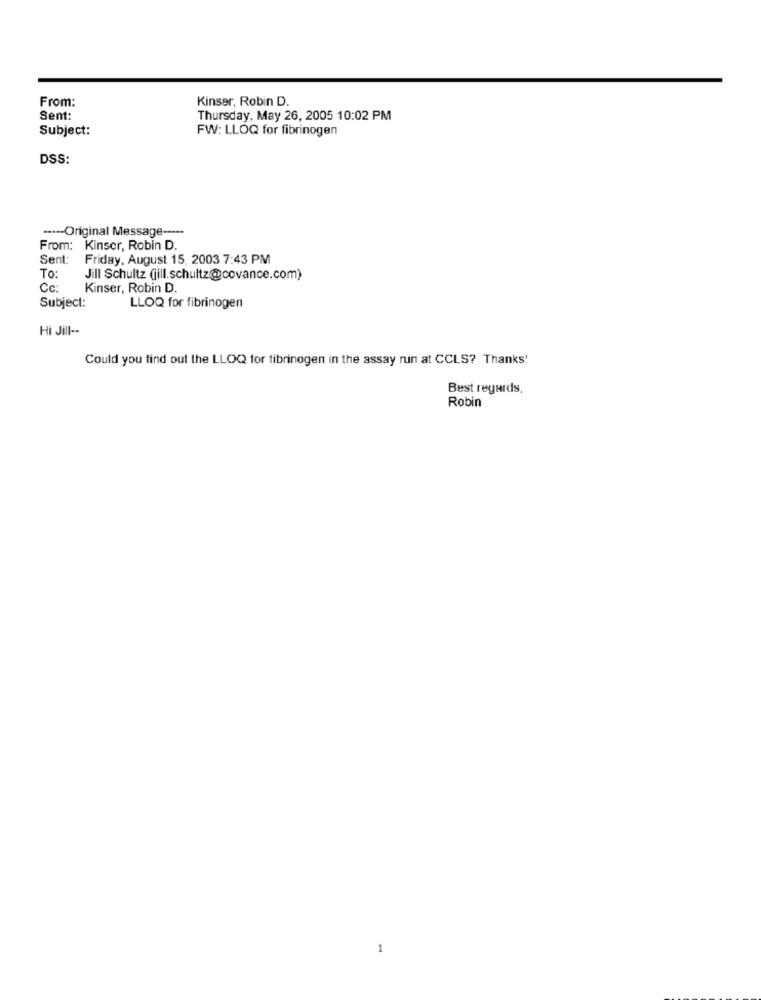
From:
Kinser, Robin D.
Sent:
Thursday, May 26, 2005 10:02 PM
Subject:
FW: LLOQ for fibrinogen
DSS:
----- Original Message -----
From: Kinser, Robin D.
Sent: Friday, August 15, 2003 7:43 PM
To:
Jill Schultz (jill.schultz@covance.com)
Cc:
Kinser, Robin D.
Subject:
LLOQ for fibrinogen
Hi Jill --
Could you find out the LLOQ tor fibrinogen in the assay run at CCLS? Thanks!
Best regards,
Robin